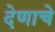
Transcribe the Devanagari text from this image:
देणाचे